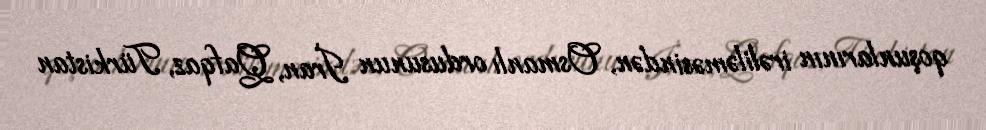
qoşunlarının irəliləməsindən, Osmanlı ordusunun İran, Qafqaz, Türkistan